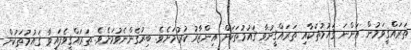
ތަރައްޤީވަމުން އަންނަ ޤައުމުތަކާއި ތަރައްޤީނުވާ ޤައުމުތަކަށް އިންޒާރު ކުރުމަށެވެ. ބިރުގެންނެވުމަށެވެ. ތަރައްޤީވެފައިވާ ޤައުމުތަކުން